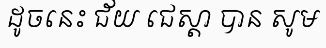
ដូចនេះ ជ័យ ជេស្តា បាន សូម